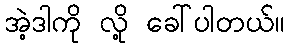
အဲ့ဒါကို လို့ ခေါ်ပါတယ်။